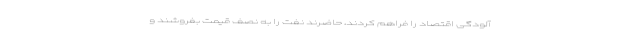
آلودگی اقتصاد را فراهم کردند، حاضرند نفت را به نصف قیمت بفروشند و